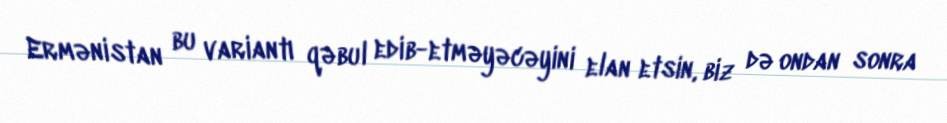
Ermənistan bu variantı qəbul edib-etməyəcəyini elan etsin, biz də ondan sonra